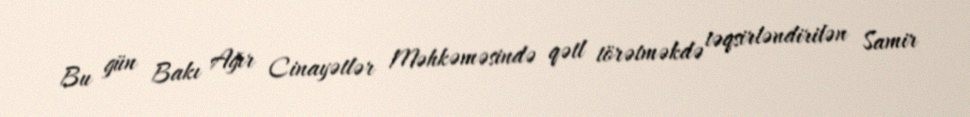
Bu gün Bakı Ağır Cinayətlər Məhkəməsində qətl törətməkdə təqsirləndirilən Samir